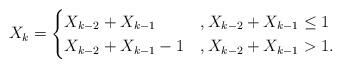
LaTeX: \begin{align*}X_k = \begin{cases}X_{k-2} + X_{k-1} &,X_{k-2} + X_{k-1} \le 1 \\X_{k-2} + X_{k-1} -1 &,X_{k-2} + X_{k-1} > 1.\end{cases}\end{align*}